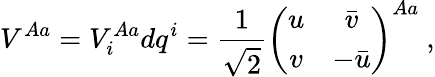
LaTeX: V^{Aa}=V_{i}^{Aa}dq^{i}=\frac{1}{\sqrt{2}}\left(\begin{array}{cc}{{u}}&{{\bar{v}}}\\ {{v}}&{{-\bar{u}}}\end{array}\right)^{Aa}\ ,